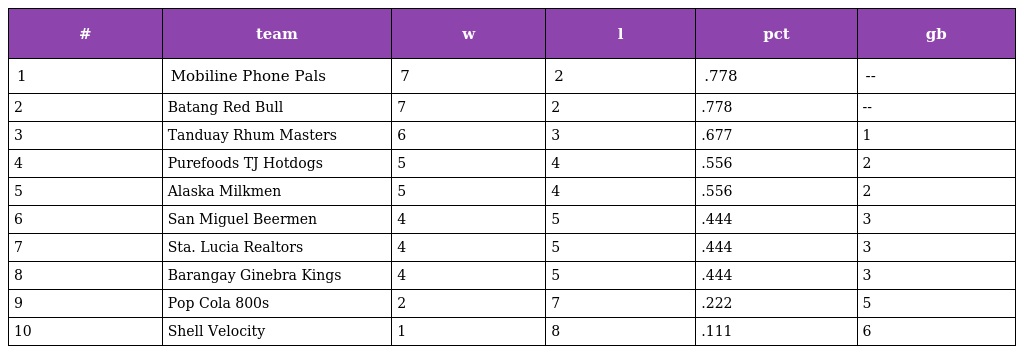
| # | team | w | l | pct | gb |
 | --- | --- | --- | --- | --- | --- |
 | 1 | Mobiline Phone Pals | 7 | 2 | .778 | -- |
 | 2 | Batang Red Bull | 7 | 2 | .778 | -- |
 | 3 | Tanduay Rhum Masters | 6 | 3 | .677 | 1 |
 | 4 | Purefoods TJ Hotdogs | 5 | 4 | .556 | 2 |
 | 5 | Alaska Milkmen | 5 | 4 | .556 | 2 |
 | 6 | San Miguel Beermen | 4 | 5 | .444 | 3 |
 | 7 | Sta. Lucia Realtors | 4 | 5 | .444 | 3 |
 | 8 | Barangay Ginebra Kings | 4 | 5 | .444 | 3 |
 | 9 | Pop Cola 800s | 2 | 7 | .222 | 5 |
 | 10 | Shell Velocity | 1 | 8 | .111 | 6 |